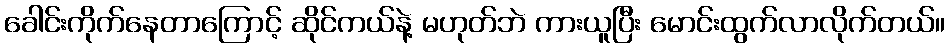
ခေါင်းကိုက်နေတာကြောင့် ဆိုင်ကယ်နဲ့ မဟုတ်ဘဲ ကားယူပြီး မောင်းထွက်လာလိုက်တယ်။